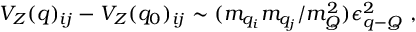
V _ { Z } ( q ) _ { i j } - V _ { Z } ( q _ { 0 } ) _ { i j } \sim ( m _ { q _ { i } } m _ { q _ { j } } / m _ { Q } ^ { 2 } ) \epsilon _ { q { \mathrm { - } } Q } ^ { 2 } ~ ,